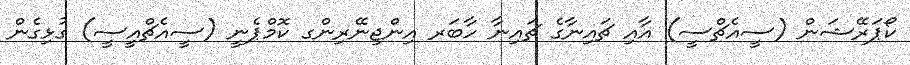
ކޯޕަރޭޝަން (ސީއެޗްސީ) އާއި ޗައިނާގެ ޗައިނާ ހާބަރ އިންޖިނޭރިންގ ކޮމްޕެނީ (ސީއެޗްއީސީ) ގުޅިގެން